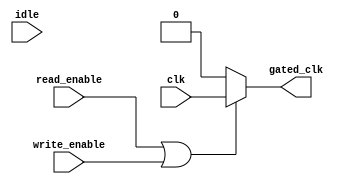
module clock_gating_control (
    input wire clk,              // Main clock input
    input wire read_enable,      // Read operation control signal
    input wire write_enable,     // Write operation control signal
    input wire idle,             // Idle state signal
    output wire gated_clk        // Gated clock output
);

    // Generate enable signal based on operational state
    wire enable;
    assign enable = read_enable | write_enable;

    // Clock gating logic
    assign gated_clk = enable ? clk : 1'b0;

endmodule